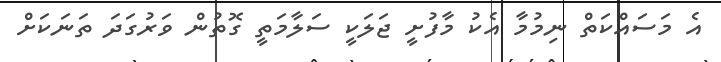
އެ މަސައްކަތް ނިމުމާ އެކު މާފުށީ ޖަލަކީ ސަލާމަތީ ގޮތުން ވަރުގަދަ ތަނަކަށް